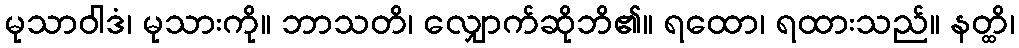
မုသာဝါဒံ၊ မုသားကို။ ဘာသတိ၊ လျှောက်ဆိုဘိ၏။ ရထော၊ ရထားသည်။ နတ္ထိ၊